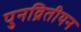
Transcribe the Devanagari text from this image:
पुनव्रितीयन